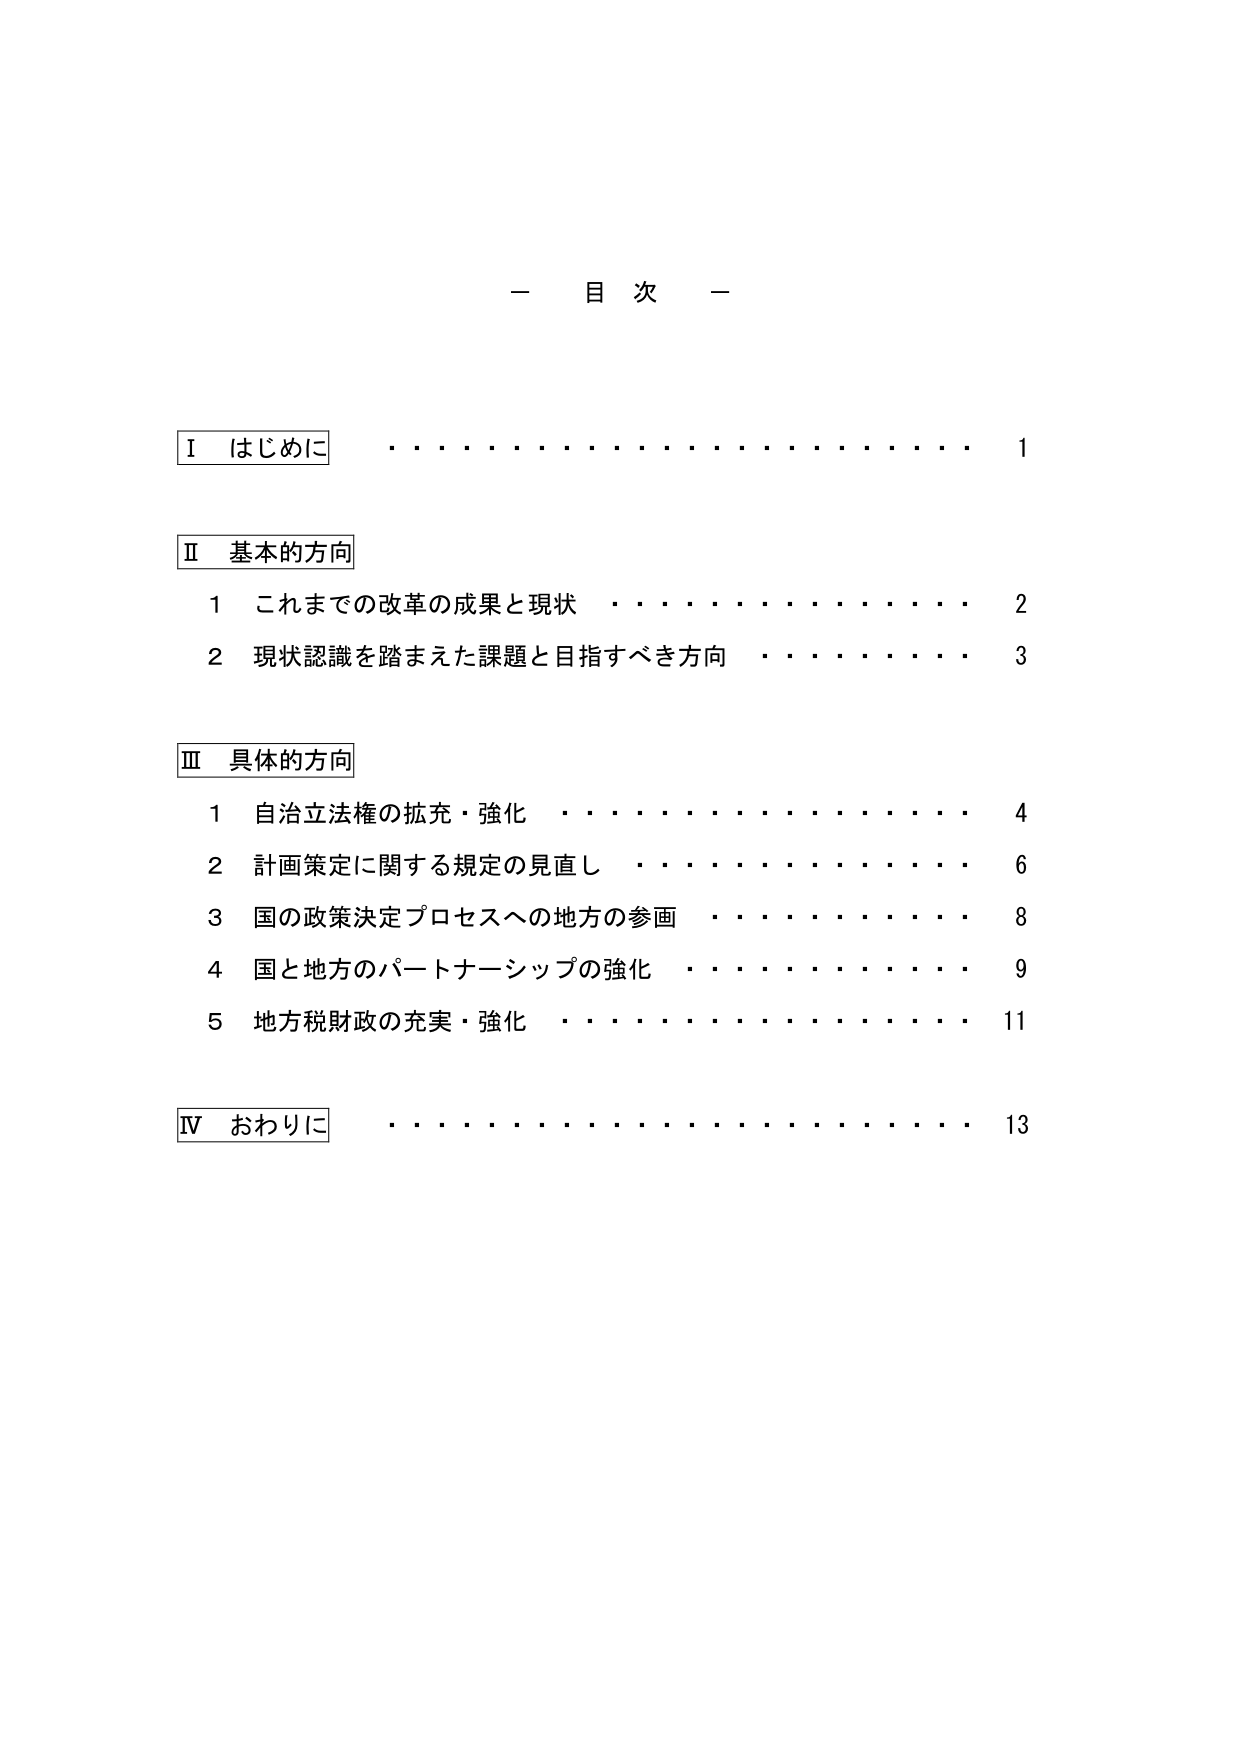
一 目 次 一

Ⅰ はじめに ・・・・・・・・・・・・・・・・・・・・・・・・ 1

Ⅱ 基本的方向
　1 これまでの改革の成果と現状 ・・・・・・・・・・・・・・・・ 2
　2 現状認識を踏まえた課題と目指すべき方向 ・・・・・・・・・・ 3

Ⅲ 具体的方向
　1 自治立法権の拡充・強化 ・・・・・・・・・・・・・・・・・・ 4
　2 計画策定に関する規定の見直し ・・・・・・・・・・・・・・・・ 6
　3 国の政策決定プロセスへの地方の参画 ・・・・・・・・・・・・・ 8
　4 国と地方のパートナーシップの強化 ・・・・・・・・・・・・・・ 9
　5 地方税財政の充実・強化 ・・・・・・・・・・・・・・・・・・ 11

Ⅳ おわりに ・・・・・・・・・・・・・・・・・・・・・・・・ 13